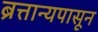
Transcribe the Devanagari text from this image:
ब्रत्तान्यपासून